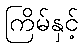
ကြိမ်နှင့်